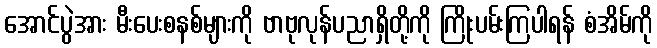
အောင်ပွဲအား မီးပေးစနစ်များကို ဗာဗုလုန်ပညာရှိတို့ကို ကြိုးပမ်းကြပါရန် စံအိမ်ကို